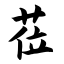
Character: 莅